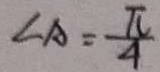
\angle A = \frac { \pi } { 4 }